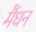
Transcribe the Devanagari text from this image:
मैंधन